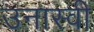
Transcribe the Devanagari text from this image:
उनास्वी